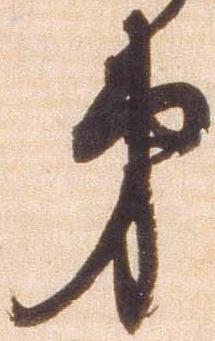
第